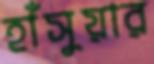
হাঁসুয়ার